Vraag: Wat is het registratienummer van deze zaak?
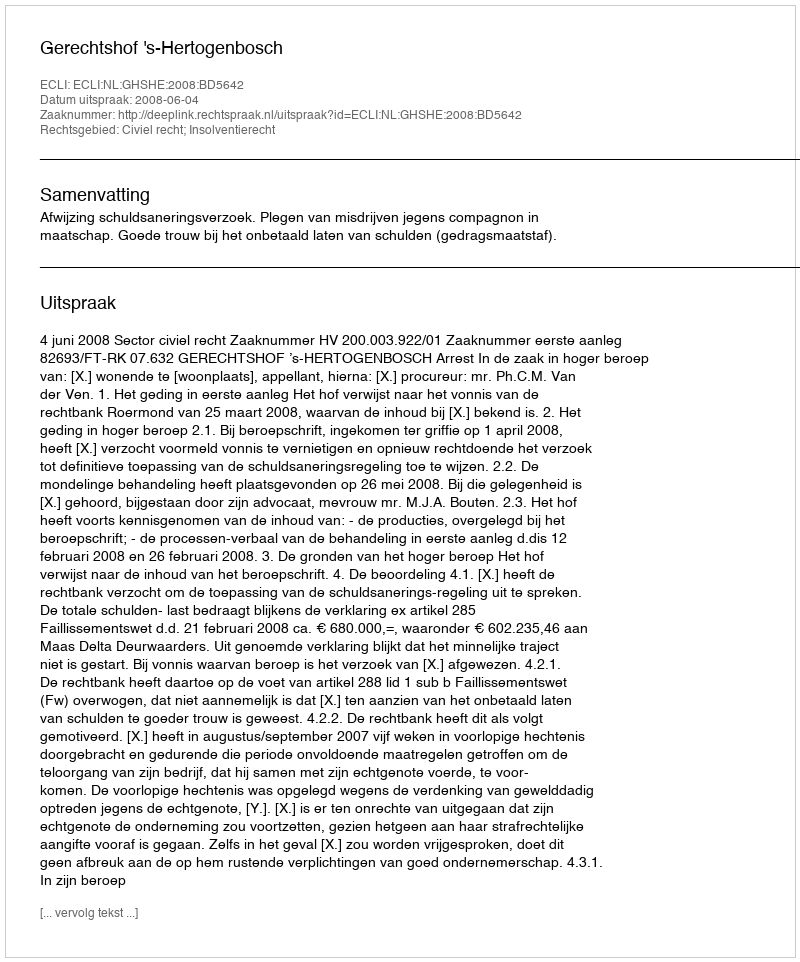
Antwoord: http://deeplink.rechtspraak.nl/uitspraak?id=ECLI:NL:GHSHE:2008:BD5642